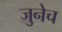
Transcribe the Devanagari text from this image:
जुनेच